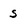
Character: s